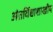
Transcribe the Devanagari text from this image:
अंतर्विद्याशाखीय